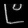
Digit: ၉